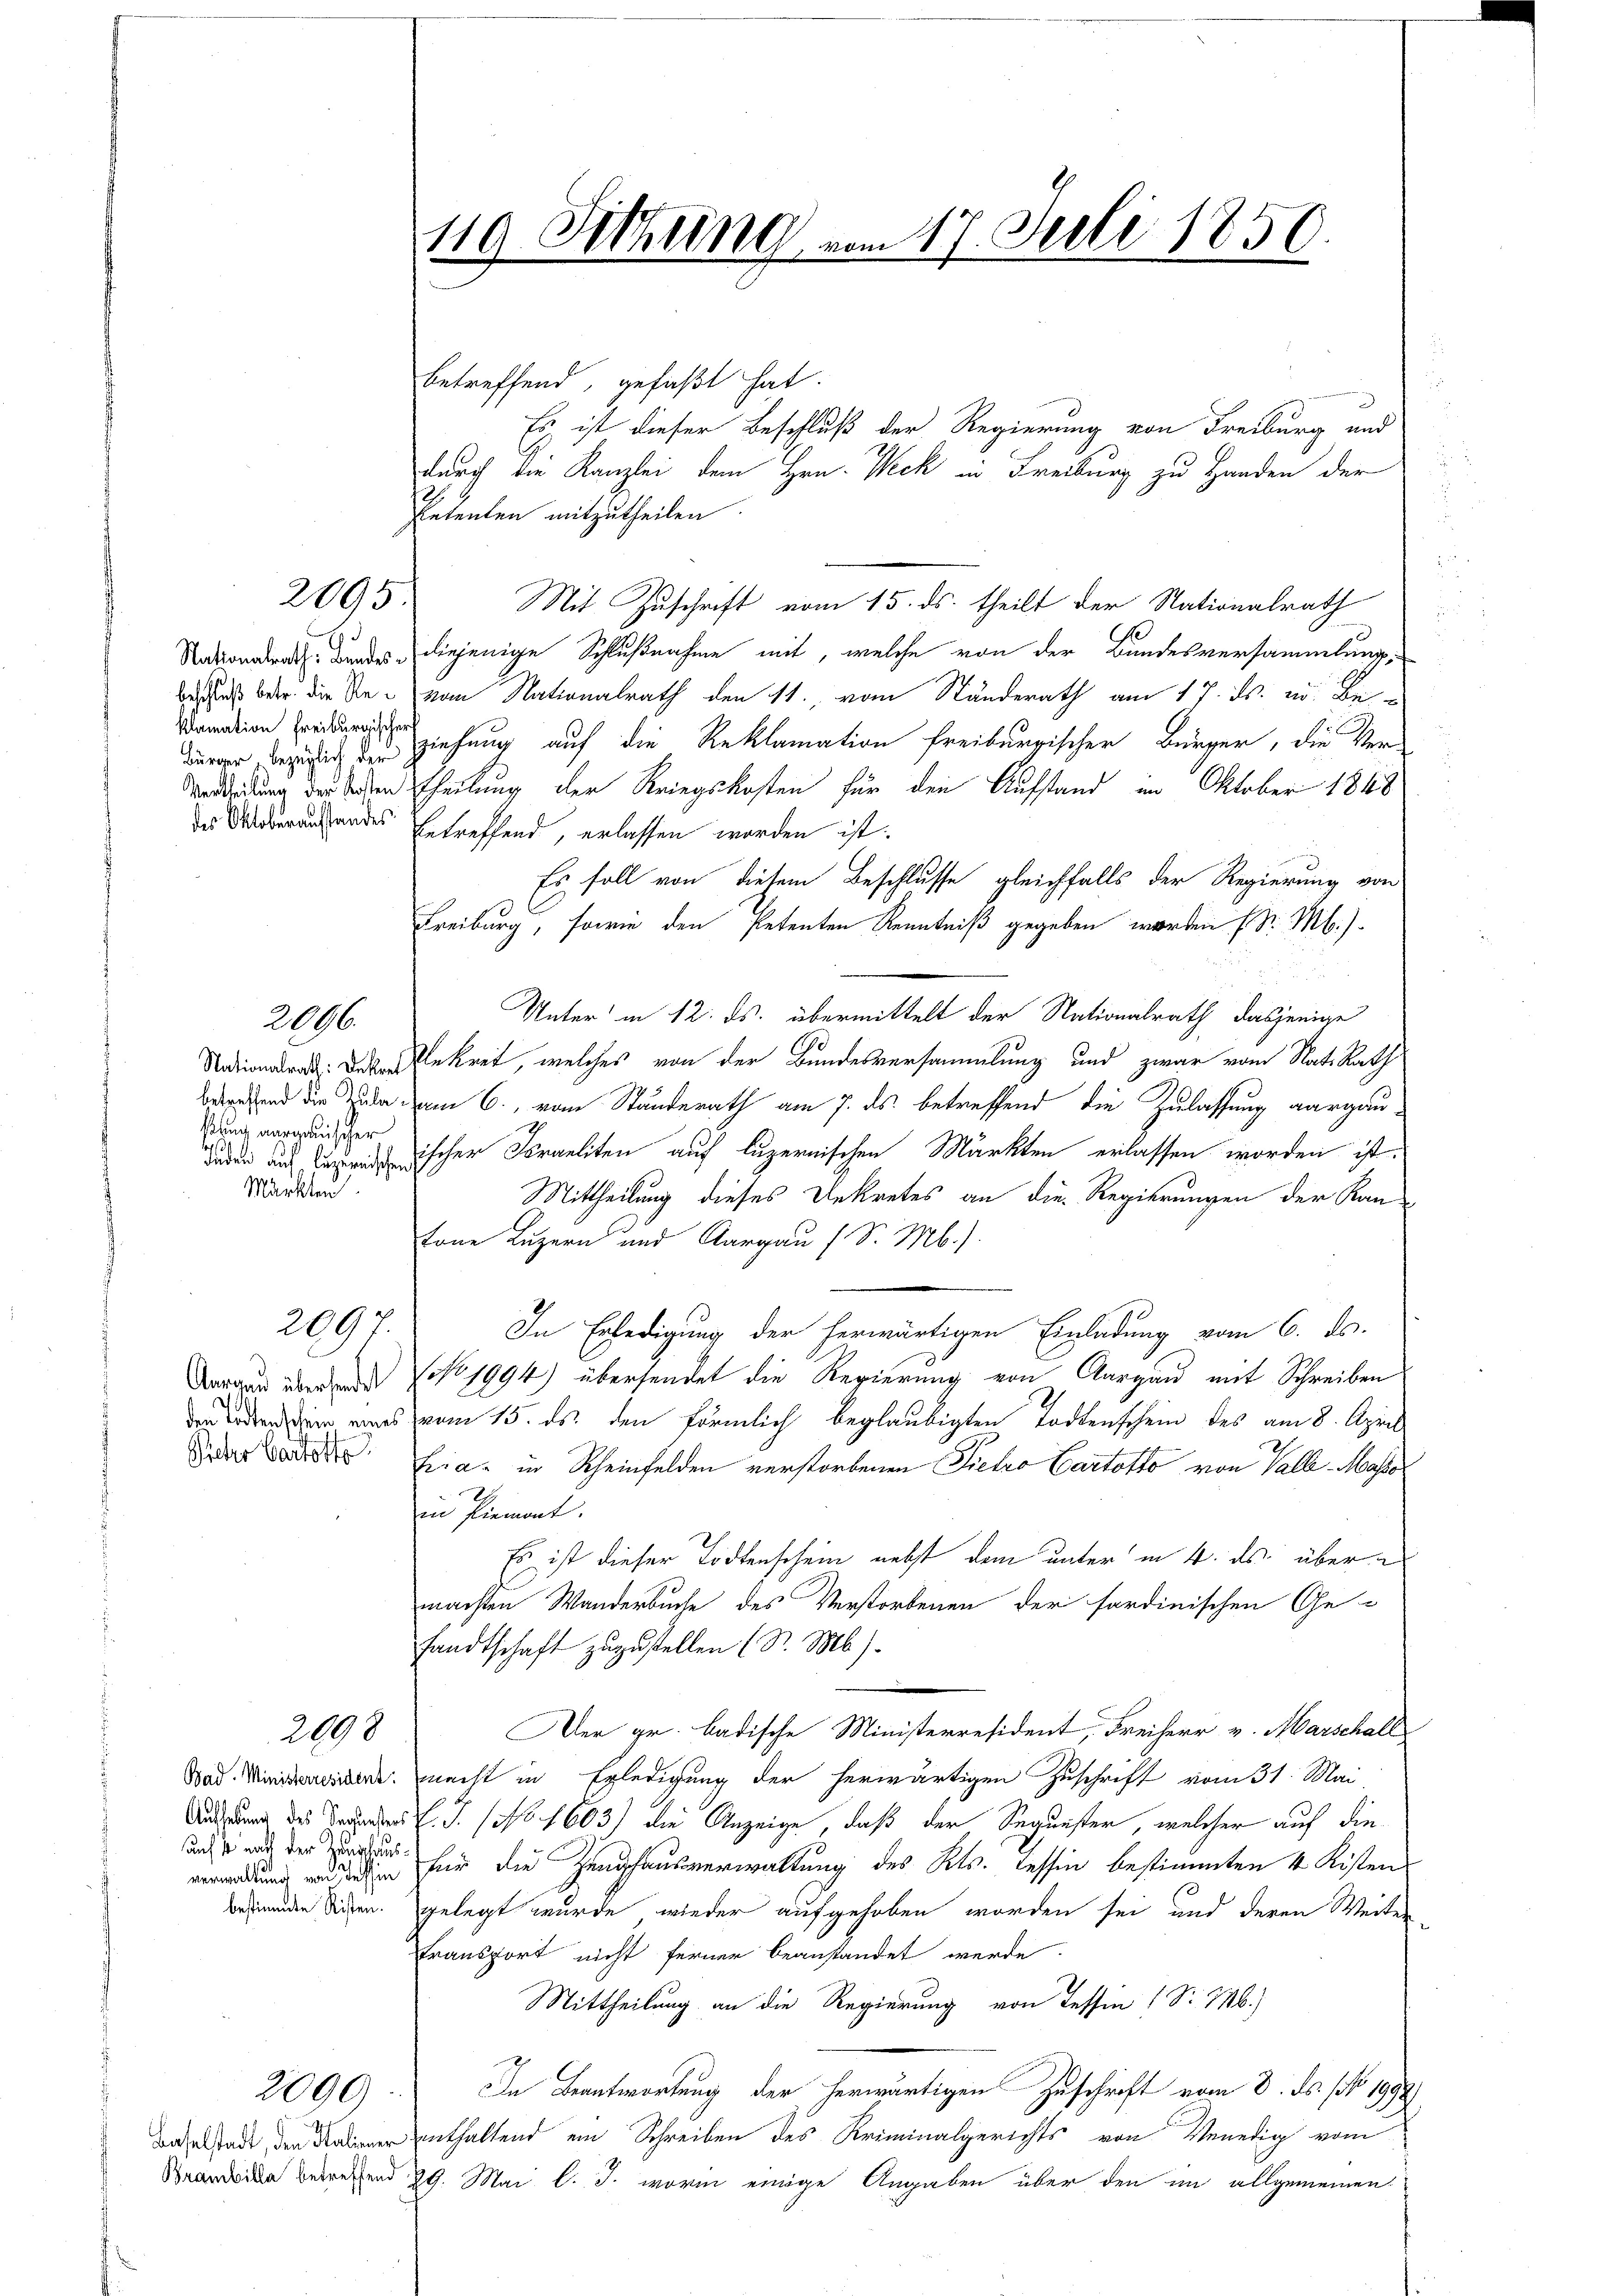
klamation freiburgischer

2095

ßung aargauischer
Märkten

2006.

Aargau übersendet
Sicher Cartotto

2097.

uns ist nicht der Hanshaus

2098

2090

betreffend, gefaßt hat.
Petenten mitzutheilen.
Mit Zuschrift vom 15. ds. theilt der Nationalrath
Rana Bandes diejenige Schlußnahme mit, welche von der Bundesversammlung,
Besass der die See vom Nationalrath den 11., vom Standerath am 17. ds. w. Bedurger Bezug zu ziehung auf die Reklamation freiburgischer Bürger, die Ver¬
Vorderung der Forden theilung der Kriegskosten für den Aufstand im Oktober 1848
des Oberaufhandes betreffend, erlassen worden ist.
Es soll von diesem Beschlusse gleichfalls der Regierung von
Freiburg, sowie den Petenten Kenntniß gegeben worden (S. M.)
Unter in 12. ds. übermittelt der Nationalrath, dasjenige
o: Der Rekret, welches von der Bundesversammlung und zwar vom Rats Rath
end die Jude am 6. vom Standerath am 7. ds. betreffend die Zulassung aargaudischer Iraeliten auf luzernischen Märkten erlassen worden ist.
Mittheilung dieses Dekretes an die Regierungen der Kan-
tone Luzern und Aargau (S. M.).
In Erledigung der herwärtigen Einladung vom 6. ds.
NNo. 1994) übersendet die Regierung von Aargau mit Schreiben
den Boden sein eines vom 15. ds. den förmlich beglaubigten Todtenschein des am 8. April
fria. in Rheinfelden verstorbenen Pietro Cartotto von Valle Masse
in Piemont.
Es ist dieser Todtenschein nebst dem unter in 4. ds. über
machten Wanderbuche des Verstorbenen der fordinischen Ge-
sandtschaft zuzustellen (S. M.).
Der gr. badische Ministerresident, Freiherr v. Marschall
Sad Minister macht in Erledigung der herwärtigen Zuschrift vom 31. Mai,
Aufung des Brueder l. J. (No. 1603) die Anzeige, daß der Sequester, welcher auf die
verwaltung und dahin für die Zeughausverwaltung des Kts. Tessin bestimmten 4 Kisten
bejinnden diesen. gelegt wurde, wieder aufgehoben worden sei und deren Weiter
transport nicht ferner beanstandet werde
Mittheilung an die Regierung von Tessin (S. M.)
In Beantwortung der herwärtigen Zuschrift vom 8. ds. No 1998
d der enthaltend ein Schreiben des Kriminalgerichts von Venedig vom
Bandern betreffend 29. Mai l. J. worin einige Angaben über den im allgemeinen

119 Sitzung vom 17. Juli 1850.
.

Es ist dieser Beschluß der Regierung von Freiburg und
durch die Kanzlei dem Hrn. Weck in Freiburg zu Handen der

i

d

s